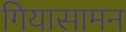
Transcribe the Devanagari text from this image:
गियासामन